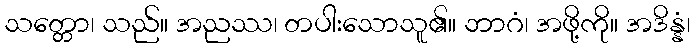
သတ္တော၊ သည်။ အညဿ၊ တပါးသောသူ၏။ ဘာဂံ၊ အဖို့ကို။ အဒိန္နံ၊